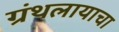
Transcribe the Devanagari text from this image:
ग्रंथलायाचा